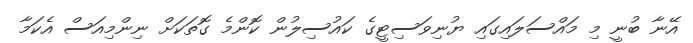
އޭނާ ބުނީ މި މައްސަލައިގައި ޔުނިވަސިޓީގެ ކައުސިލުން ކޮންމެ ގޮތަކަށް ނިންމިއަސް އެކަމާ